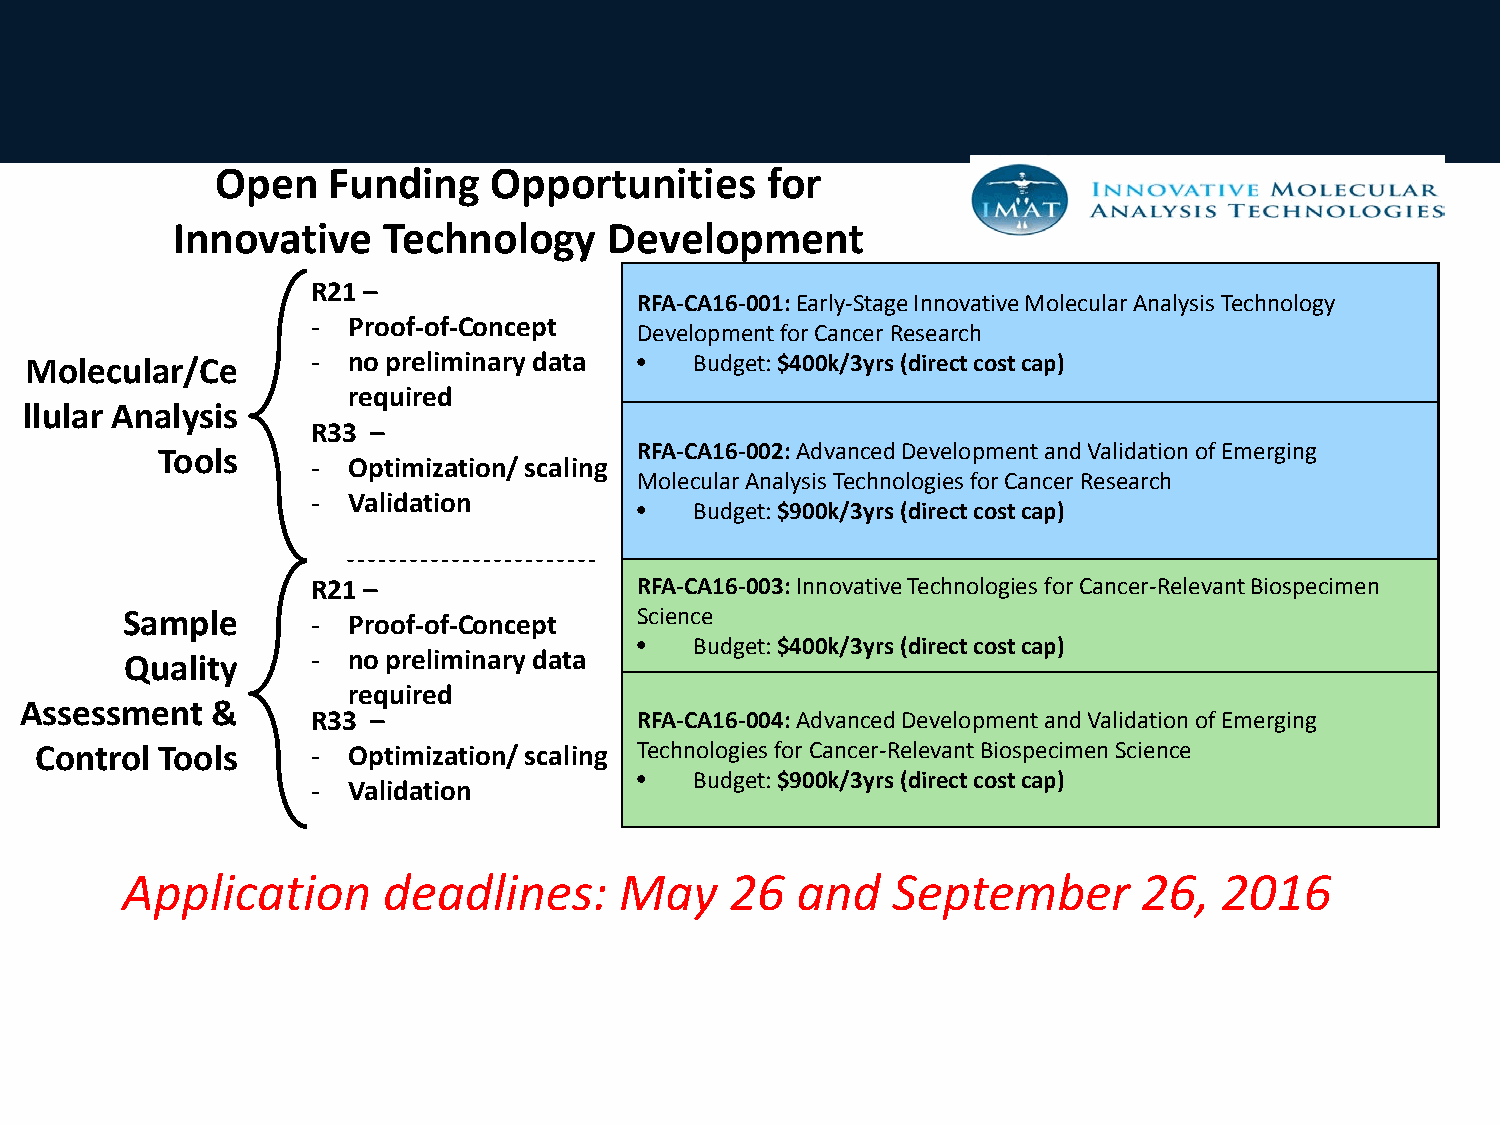
Open    Funding   Opportunities      for
 Innovative    Technology     Development
 R21 –
 RFA-CA16-001:Early-Stage Innovative Molecular Analysis Technology
 - Proof-of-Concept
 Development for Cancer Research
 Molecular/Ce       - no preliminary data •  Budget: $400k/3yrs (direct cost cap)
 required
 llular Analysis
 R33 –
 Tools                           RFA-CA16-002: Advanced Development and Validation of Emerging
 - Optimization/ scaling
 MolecularAnalysis Technologies for Cancer Research
 - Validation
 •   Budget:$900k/3yrs (direct cost cap)
 R21 –                RFA-CA16-003:Innovative Technologies for Cancer-Relevant Biospecimen
 Sample       - Proof-of-Concept   Science
 •   Budget: $400k/3yrs (direct cost cap)
 Quality      - no preliminary data
 required
 Assessment   &
 R33 –                RFA-CA16-004: Advanced Development and Validation of Emerging
 Control Tools      - Optimization/ scaling Technologies for Cancer-Relevant Biospecimen Science
 •   Budget: $900k/3yrs (direct cost cap)
 - Validation
 Application      deadlines:      May    26   and   September        26,  2016